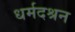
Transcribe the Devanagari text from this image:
धर्मदश्रन